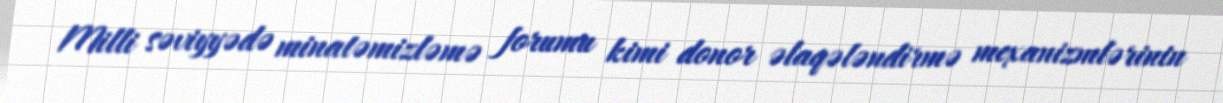
Milli səviyyədə minatəmizləmə forumu kimi donor əlaqələndirmə mexanizmlərinin